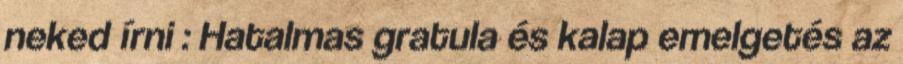
neked írni : Hatalmas gratula és kalap emelgetés az